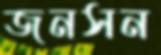
জনসন